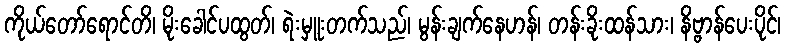
ကိုယ်တော်ရောင်တိ၊ မိုးခေါင်ပထွတ်၊ ရဲးမှူးတက်သည်၊ မွန်းချက်နေဟန်၊ တန်းခိုးထန်သား၊ နိဗ္ဗာန်ပေးပိုင်၊